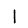
Digit: 1